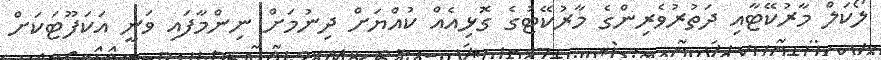
ލޯކަލް މާރުކޭޓާއި ދަތުރުވެރިންގެ މާރުކޭޓުގެ ގޮޅިއެއް ކުއްޔަށް ދިނުމަށް ނިންމާފައި ވަނީ އަކަފޫޓަކަށް